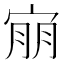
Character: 𫳕